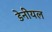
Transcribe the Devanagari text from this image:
डेनीयल